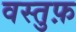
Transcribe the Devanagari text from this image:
वस्तुफ़